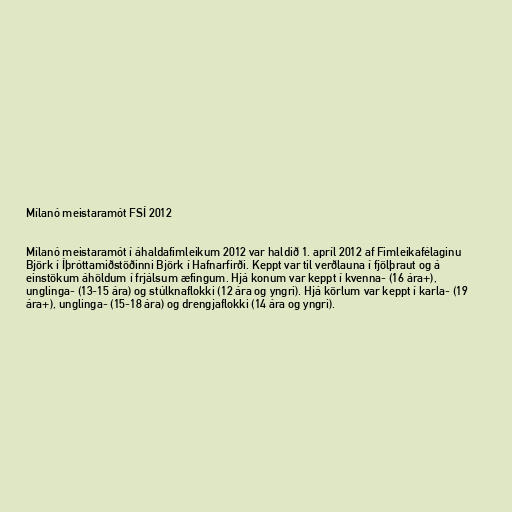
Mílanó meistaramót FSÍ 2012

Mílanó meistaramót í áhaldafimleikum 2012 var haldið 1. apríl 2012 af Fimleikafélaginu
Björk í Íþróttamiðstöðinni Björk í Hafnarfirði. Keppt var til verðlauna í fjölþraut og á
einstökum áhöldum í frjálsum æfingum. Hjá konum var keppt í kvenna- (16 ára+),
unglinga- (13-15 ára) og stúlknaflokki (12 ára og yngri). Hjá körlum var keppt í karla- (19
ára+), unglinga- (15-18 ára) og drengjaflokki (14 ára og yngri).